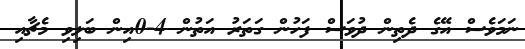
ނަމަވެސް އޭގެ ދެތިން ދުވަސް ފަހުން ގަތަރު އަތުން 4-0އިން ބަލިވި މެޗާއި